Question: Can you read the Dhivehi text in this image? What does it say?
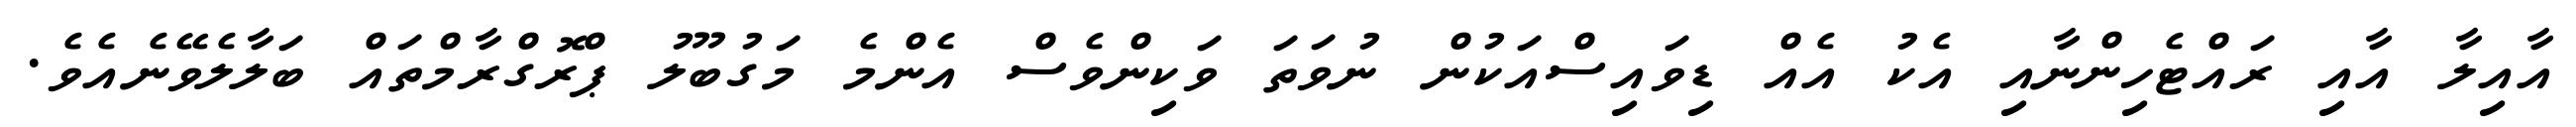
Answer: އާއިލާ އާއި ރައްޓެހިންނާއި އެކު އެއް ޑިވައިސްއަކުން ނުވަތަ ވަކިންވެސް އެންމެ މަގުބޫލު ޕްރޮގްރާމްތައް ބަލާލެވޭނެއެވެ.